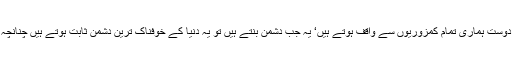
فرمایا دوست کو دشمن نہ بناؤ‘ یہ فرمان نفسیات اور معاشرت دونوں کے لیے انتہائی اہم ہے‘ ہمارے دوست ہماری تمام کمزوریوں سے واقف ہوتے ہیں‘ یہ جب دشمن بنتے ہیں تو یہ دنیا کے خوفناک ترین دشمن ثابت ہوتے ہیں چنانچہ ہمیں زندگی میں کبھی کسی دوست کو دشمن بناناچاہیے اور نہ کبھی کسی دوست کا دشمن بننا چاہیے۔